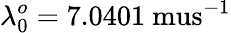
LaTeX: \lambda_{0}^{o}=7.0401\mathrm{\ mus}^{-1}